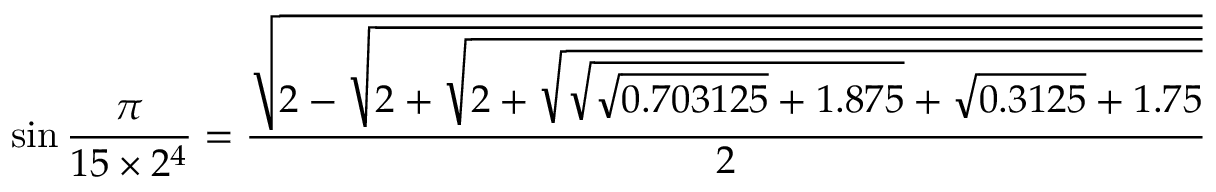
\sin { \frac { \pi } { 1 5 \times 2 ^ { 4 } } } = { \frac { \sqrt { 2 - { \sqrt { 2 + { \sqrt { 2 + { \sqrt { { \sqrt { { \sqrt { 0 . 7 0 3 1 2 5 } } + 1 . 8 7 5 } } + { \sqrt { 0 . 3 1 2 5 } } + 1 . 7 5 } } } } } } } } { 2 } }